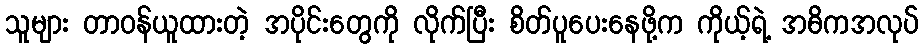
သူများ တာဝန်ယူထားတဲ့ အပိုင်းတွေကို လိုက်ပြီး စိတ်ပူပေးနေဖို့က ကိုယ့်ရဲ့ အဓိကအလုပ်